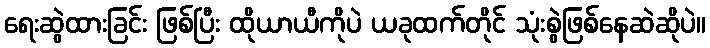
ရေးဆွဲထားခြင်း ဖြစ်ပြီး ထိုယာယီကိုပဲ ယခုထက်တိုင် သုံးစွဲဖြစ်နေဆဲဆိုပဲ။